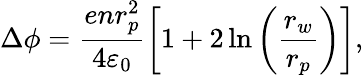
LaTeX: \Delta\phi=\frac{enr_{p}^{2}}{4\varepsilon_{0}}\left[1+2\ln{\left(\frac{r_{w}}{r_{p}}\right)}\right],